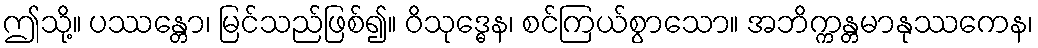
ဤသို့။ ပဿန္တော၊ မြင်သည်ဖြစ်၍။ ဝိသုဒ္ဓေန၊ စင်ကြယ်စွာသော။ အဘိက္ကန္တမာနုဿကေန၊